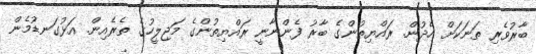
ބާރުވެރި ތަނަކަށް ހެދުން. ރައްޔިތުންގެ ބާރު ފެންނާނީ ރައްޔިތުންގެ މަޖިލީހުގެ ތެރެއިން. އަޅުގަނޑުމެން